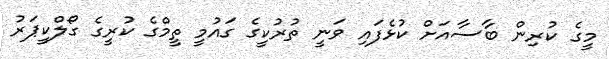
މީގެ ކުރިން ބާސާއަށް ކުޅެފައި ވަނީ ތުރުކީގެ ގައުމީ ތީމްގެ ކުރީގެ ގޯލްކީޕަރު